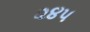
૨૪૫